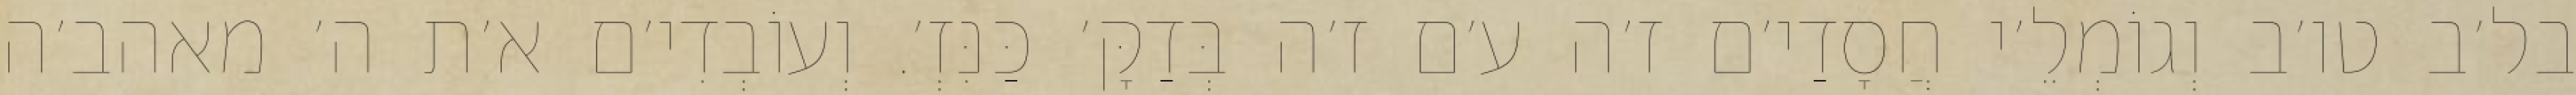
בל׳ב טו׳ב וְגוֹמְלֵ׳י חֲסָדַי׳ם ז׳ה ע׳ם ז׳ה בְּדַקָּ׳ כַּנִּזְ׳. וְעוֹבְדִי׳ם א׳ת ה׳ מאהב׳ה